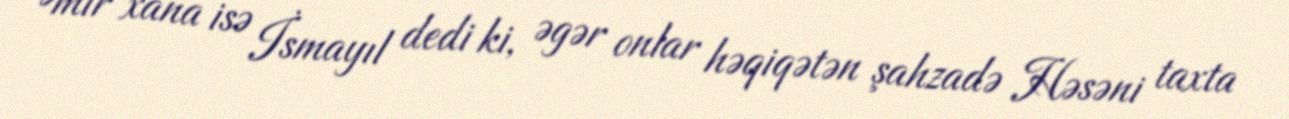
Əmir xana isə İsmayıl dedi ki, əgər onlar həqiqətən şahzadə Həsəni taxta